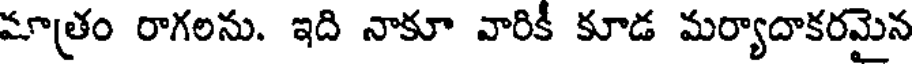
మాత్రం రాగలను. ఇది నాకూ వారికీ కూడ మర్యాదాకరమైన